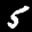
Label: 5